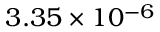
3 . 3 5 \times 1 0 ^ { - 6 }